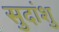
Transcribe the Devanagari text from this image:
सुदांशु